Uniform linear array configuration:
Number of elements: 8
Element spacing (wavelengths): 0.5
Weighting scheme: hamming
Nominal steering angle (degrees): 15
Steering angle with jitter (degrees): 15.45
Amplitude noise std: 0.05
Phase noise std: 0.05

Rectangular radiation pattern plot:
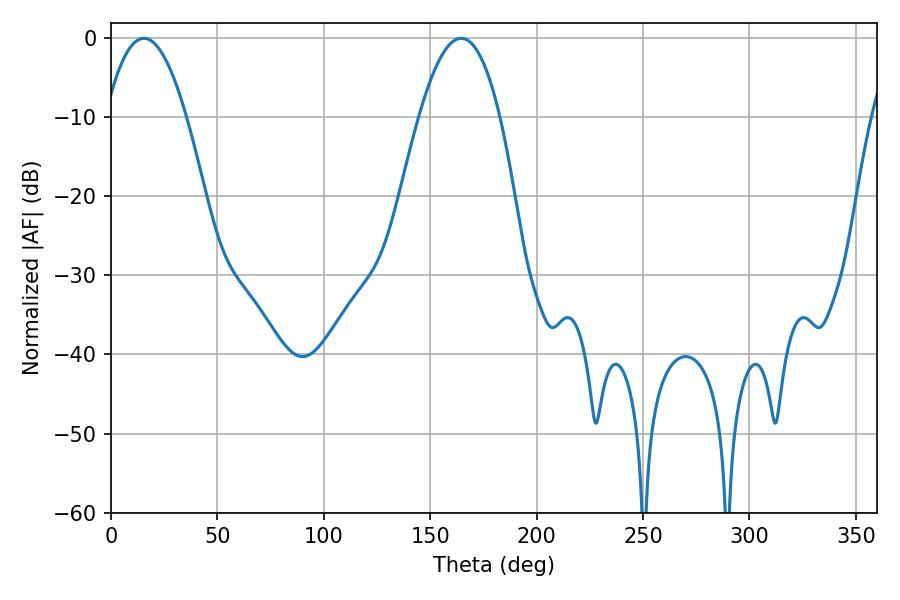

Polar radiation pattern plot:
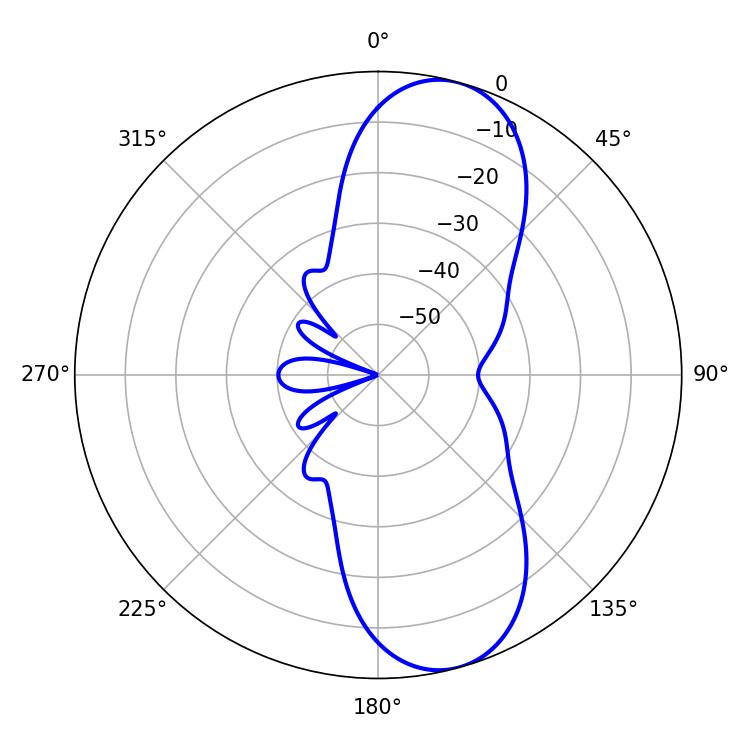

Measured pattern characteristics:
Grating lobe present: FALSE
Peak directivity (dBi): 9.699
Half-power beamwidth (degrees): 20.88
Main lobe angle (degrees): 15.48